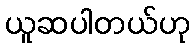
ယူဆပါတယ်ဟု